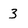
Character: 3